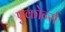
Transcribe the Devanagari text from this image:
एकोर्न्स